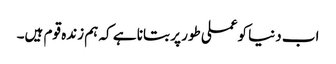
اب دنیا کوعملی طور پر بتانا ہے کہ ہم زندہ قوم ہیں۔